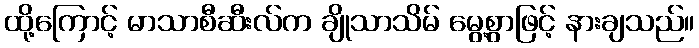
ထို့ကြောင့် မာသာစီဆီးလ်က ချိုသာသိမ် မွေ့စွာဖြင့် နားချသည်။